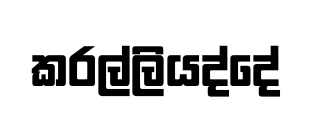
කරල්ලියද්දේ